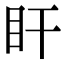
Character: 盰